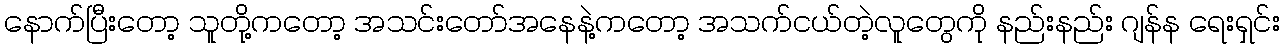
နောက်ပြီးတော့ သူတို့ကတော့ အသင်းတော်အနေနဲ့ကတော့ အသက်ငယ်တဲ့လူတွေကို နည်းနည်း ဂျန်န ရေးရှင်း